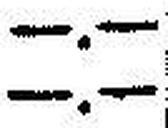
—.—